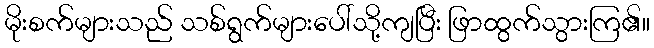
မိုးစက်များသည် သစ်ရွက်များပေါ်သို့ကျပြီး ဖြာထွက်သွားကြ၏။